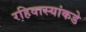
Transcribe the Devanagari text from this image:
रहिवास्यांकडे